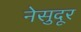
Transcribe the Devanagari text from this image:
नेसुदूर